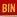
bin